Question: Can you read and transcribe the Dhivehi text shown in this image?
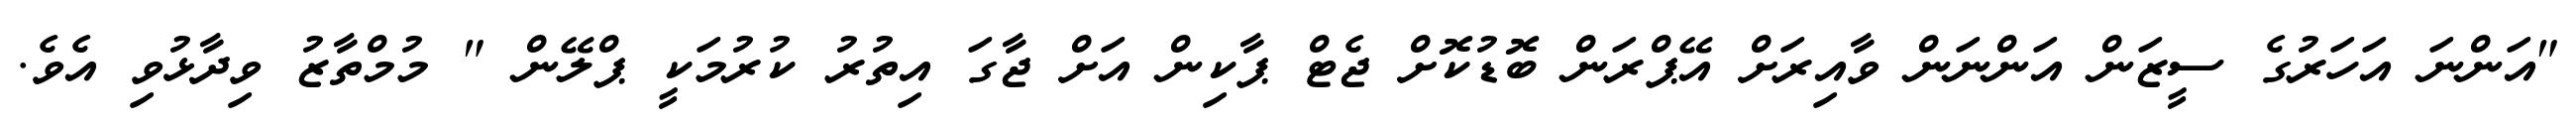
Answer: "އަންނަ އަހަރުގެ ސީޒަން އަންނަން ވާއިރަށް އޭޕްރަން ބޮޑުކޮށް ޖެޓް ޕާކިން އަށް ޖާގަ އިތުރު ކުރުމަކީ ޕްލޭން " މުމްތާޒު ވިދާޅުވި އެވެ.